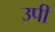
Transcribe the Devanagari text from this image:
उपी